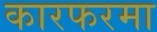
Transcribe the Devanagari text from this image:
कारफरमा